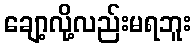
ချော့လို့လည်းမရဘူး